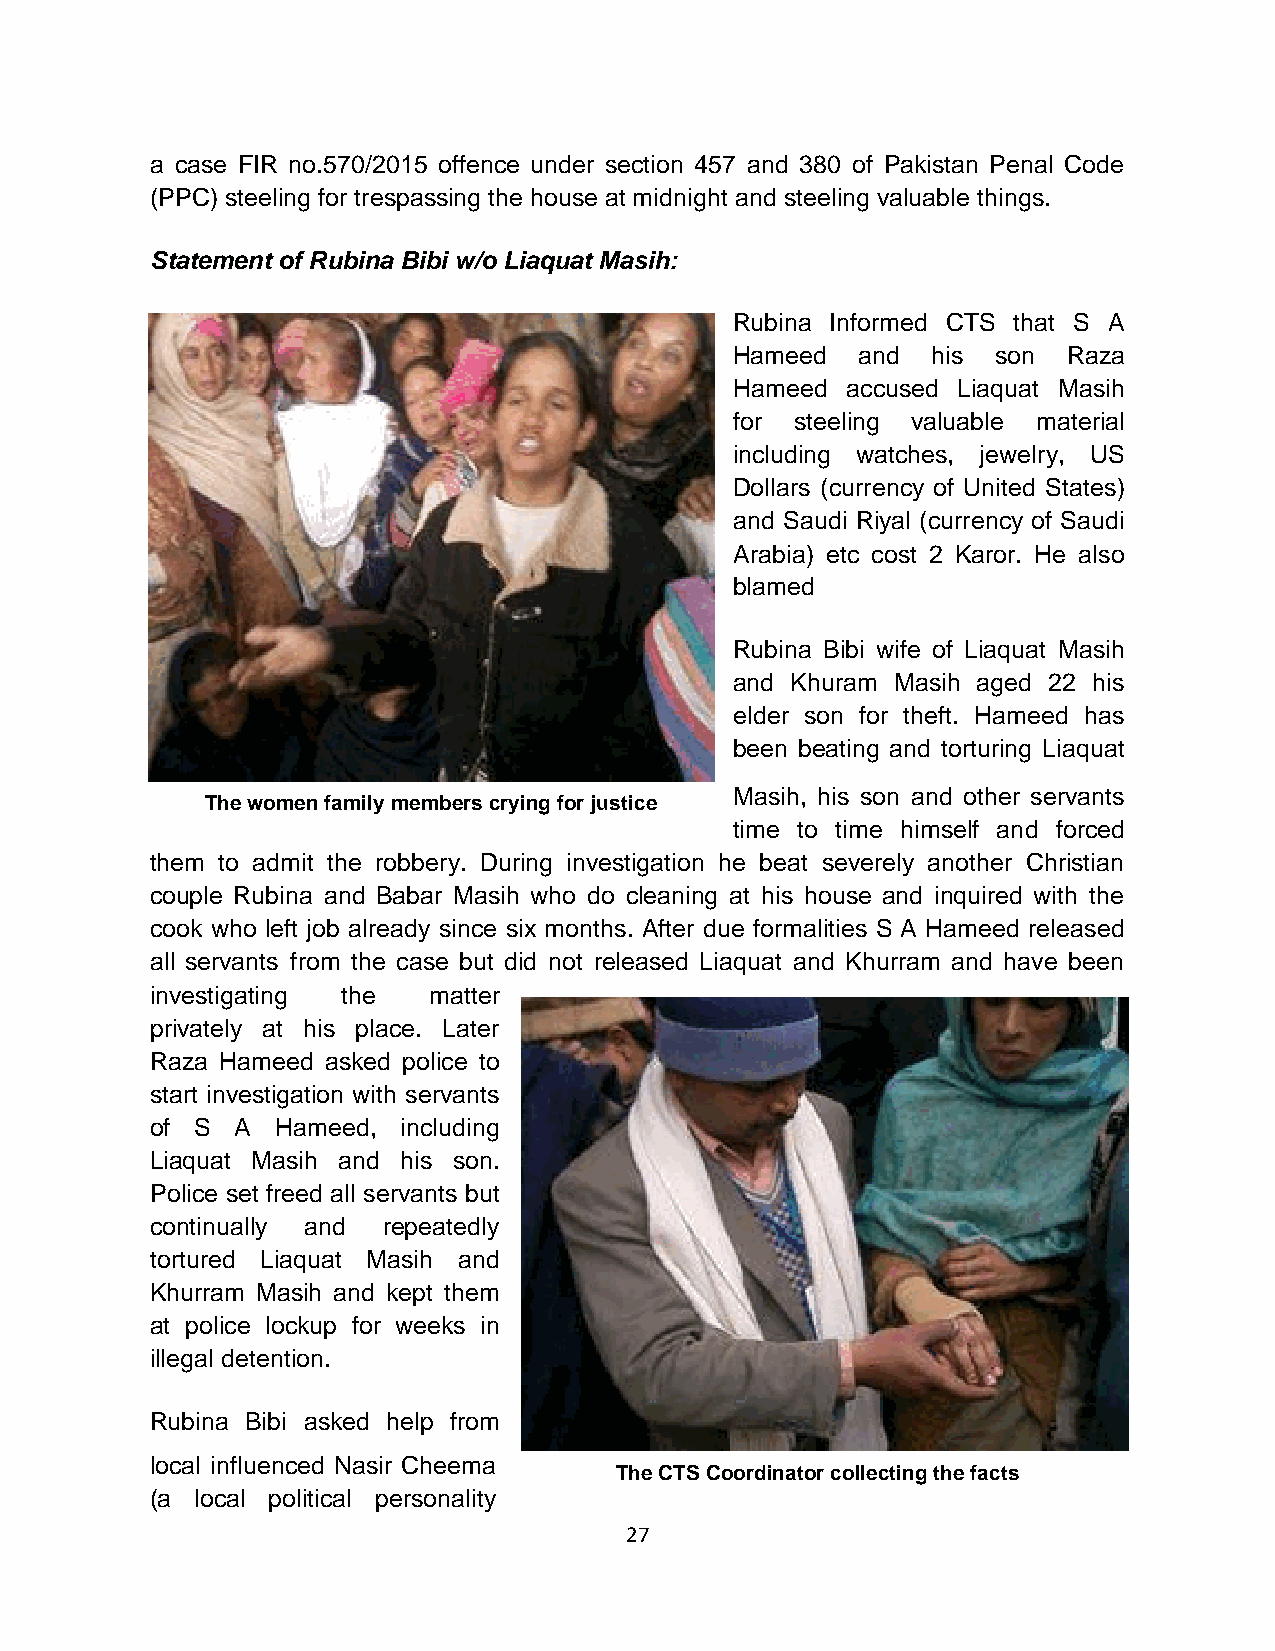
a case FIR no.570/2015 offence under section 457 and 380 of Pakistan Penal Code
 (PPC) steeling for trespassing the house at midnight and steeling valuable things.
 Statement of Rubina Bibi w/o Liaquat Masih:
 Rubina Informed CTS that S A
 Hameed  and  his son  Raza
 Hameed accused Liaquat Masih
 for steeling valuable material
 including watches, jewelry, US
 Dollars (currency of United States)
 and Saudi Riyal (currency of Saudi
 Arabia) etc cost 2 Karor. He also
 blamed
 Rubina Bibi wife of Liaquat Masih
 and Khuram Masih aged 22 his
 elder son for theft. Hameed has
 been beating and torturing Liaquat
 Masih, his son and other servants
 The women family members crying for justice
 time to time himself and forced
 them to admit the robbery. During investigation he beat severely another Christian
 couple Rubina and Babar Masih who do cleaning at his house and inquired with the
 cook who left job already since six months. After due formalities S A Hameed released
 all servants from the case but did not released Liaquat and Khurram and have been
 investigating the matter
 privately at his place. Later
 Raza Hameed asked police to
 start investigation with servants
 of S  A Hameed,  including
 Liaquat Masih and his son.
 Police set freed all servants but
 continually and repeatedly
 tortured Liaquat Masih and
 Khurram Masih and kept them
 at police lockup for weeks in
 illegal detention.
 Rubina Bibi asked help from
 local influenced Nasir Cheema
 The CTS Coordinator collecting the facts
 (a local political personality
 27